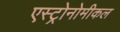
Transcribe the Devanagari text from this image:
एस्ट्रोनोमीकल